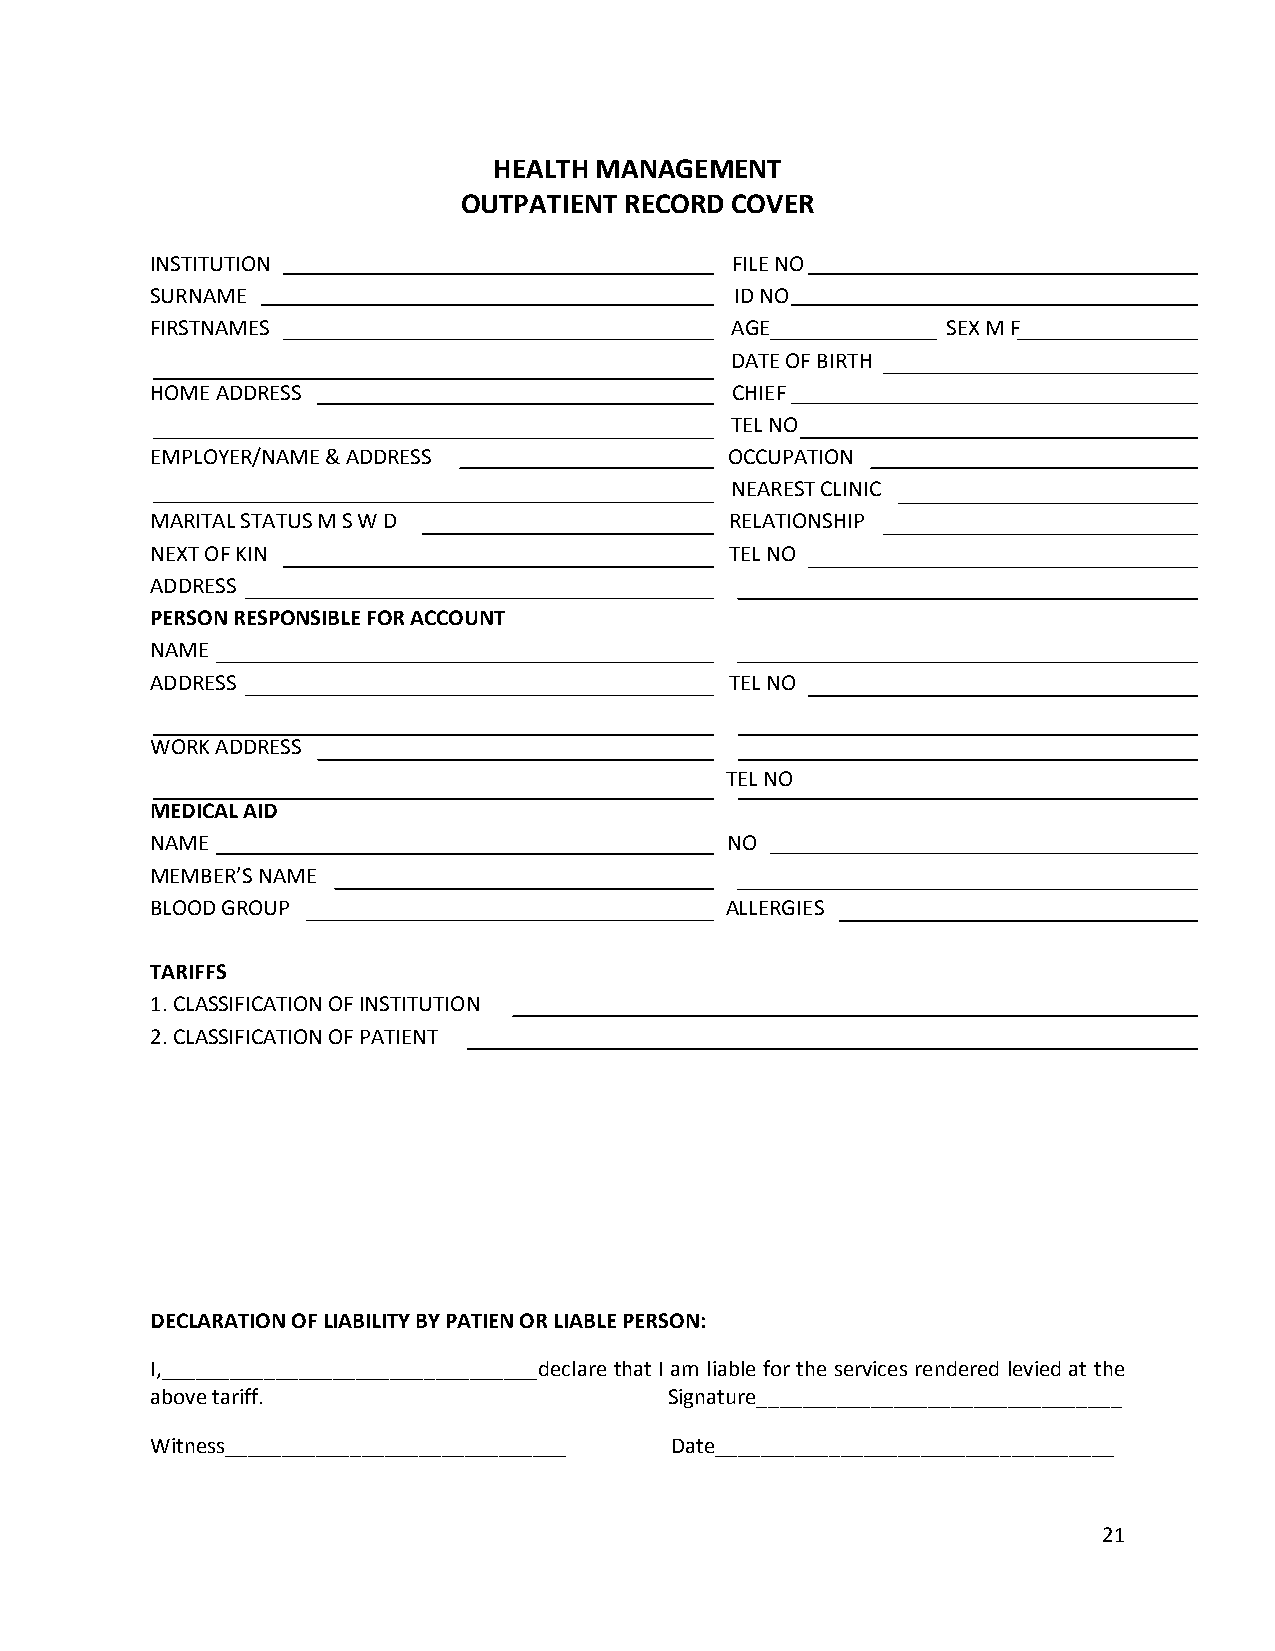
HEALTH MANAGEMENT
 OUTPATIENT RECORD COVER
 INSTITUTION                           FILE NO
 SURNAME                                ID NO
 FIRSTNAMES                            AGE            SEX M F
 DATE OF BIRTH
 HOME ADDRESS                          CHIEF
 TEL NO
 EMPLOYER/NAME & ADDRESS               OCCUPATION
 NEAREST CLINIC
 MARITAL STATUS M S W D                RELATIONSHIP
 NEXT OF KIN                           TEL NO
 ADDRESS
 PERSON RESPONSIBLE FOR ACCOUNT
 NAME
 ADDRESS                               TEL NO
 WORK ADDRESS
 TEL NO
 MEDICAL AID
 NAME                                  NO
 MEMBER’S NAME
 BLOOD GROUP                           ALLERGIES
 TARIFFS
 1. CLASSIFICATION OF INSTITUTION
 2. CLASSIFICATION OF PATIENT
 DECLARATION OF LIABILITY BY PATIEN OR LIABLE PERSON:
 I,_________________________________declare that I am liable for the services rendered levied at the
 above tariff.                     Signature________________________________
 Witness______________________________ Date___________________________________
 21